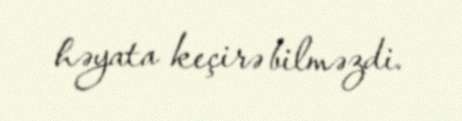
həyata keçirə bilməzdi.